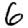
Digit: 6